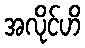
အလိုင်ဟိ